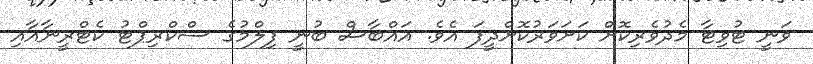
ވަނީ ޓުވިޓާ މެދުވެރިކޮށް ކަށަވަރުކޮށްދީފަ އެވެ. އައްބާސް ބުނީ ފިލްމުގެ ސްކްރިޕްޓު ކެޓްރީނާއާއި